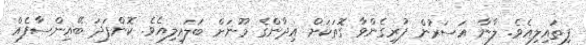
ފިތައިލިއެވެ. ލާނާ އަސަރުން ފުރިގެންވާ ގޮތަކަށް އިދާންގެ މޫނަށް ބަލައިލިއެވެ. ކޮންފަދަ ބޭއިންސާފެއް